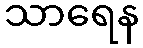
သာရေန